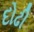
દોઢી